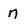
Character: n